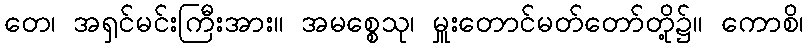
တေ၊ အရှင်မင်းကြီးအား။ အမစ္စေသု၊ မှူးတောင်မတ်တော်တို့၌။ ကောစိ၊